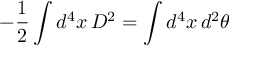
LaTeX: - \frac { 1 } { 2 } \int d ^ { 4 } x \, D ^ { 2 } = \int d ^ { 4 } x \, d ^ { 2 } \theta